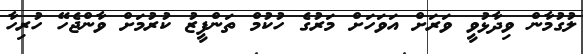
ލުގުމާން ވިދާޅުވީ ވަރަށް އަވަހަށް މަރުގެ ހުކުމް ތަންފީޒު ކުރުމަށް ވާންޖެހޭ ހުރިހާ